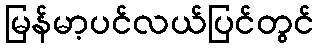
မြန်မာ့ပင်လယ်ပြင်တွင်